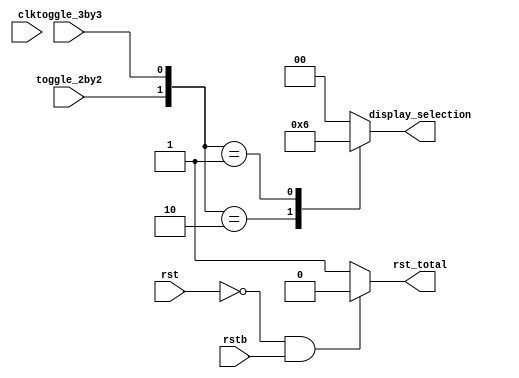
module sub_controller (clk, rst, rstb,
                        toggle_2by2, toggle_3by3,
                        rst_total, display_selection);
                        
    input clk;
	input rst, rstb;
    input toggle_2by2, toggle_3by3;


    output reg rst_total;
    output reg [1:0] display_selection; // Mux selection bit // if toggle_single == 1 --> 00, toggle_2by2 == 1 --> 01, toggle_3by3 == 1 --> 10 



    initial begin
 
    end


    always @(*) begin
        if (rst == 0 && rstb == 1)
            rst_total = 0;
        else
            rst_total = 1;
    end

    always @ (*) begin 
        case ({toggle_2by2, toggle_3by3})
            2'b00 : display_selection = 2'b00;
            2'b10 : display_selection = 2'b01;
            2'b01 : display_selection = 2'b10; 
            default: display_selection = 2'b00;
        endcase 
    end


endmodule